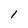
Character: I